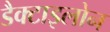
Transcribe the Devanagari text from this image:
डैक्टाइलोन